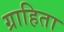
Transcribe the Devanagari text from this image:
ग्राहिता